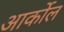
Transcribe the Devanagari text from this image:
आर्कोल